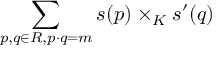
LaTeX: \sum _ { p , q \in R , p \cdot q = m } s ( p ) \times _ { K } s ^ { \prime } ( q )